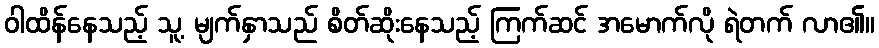
ဝါထိန်နေသည့် သူ့ မျက်နှာသည် စိတ်ဆိုးနေသည့် ကြက်ဆင် အမောက်လို ရဲတက် လာ၏။